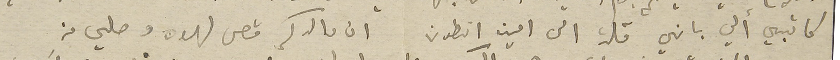
كاتبي ألي باني قلت الى امين انطون ان والدكم قص لهوه وصلي من